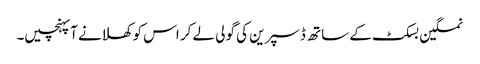
نمکین بسکٹ کے ساتھ ڈسپرین کی گولی لے کر اس کو کھلانے آپہنچیں۔